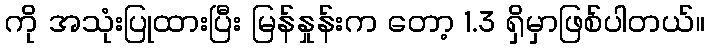
ကို အသုံးပြုထားပြီး မြန်နှုန်းက တော့ 1.3 ရှိမှာဖြစ်ပါတယ်။